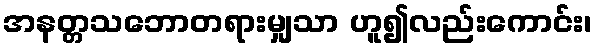
အနတ္တသဘောတရားမျှသာ ဟူ၍လည်းကောင်း၊